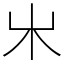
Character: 𣎵